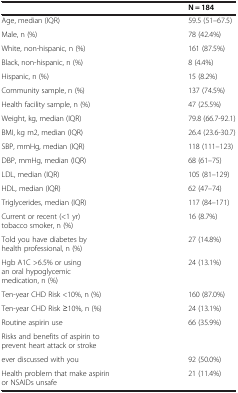
|  | N = 184 |
 | --- | --- |
 | Age, median (IQR) | 59.5 (51–67.5) |
 | Male, n (%) | 78 (42.4%) |
 | White, non-hispanic, n (%) | 161 (87.5%) |
 | Black, non-hispanic, n (%) | 8 (4.4%) |
 | Hispanic, n (%) | 15 (8.2%) |
 | Community sample, n (%) | 137 (74.5%) |
 | Health facility sample, n (%) | 47 (25.5%) |
 | Weight, kg, median (IQR) | 79.8 (66.7-92.1) |
 | BMI, kg m2, median (IQR) | 26.4 (23.6-30.7) |
 | SBP, mmHg, median (IQR) | 118 (111–123) |
 | DBP, mmHg, median (IQR) | 68 (61–75) |
 | LDL, median (IQR) | 105 (81–129) |
 | HDL, median (IQR) | 62 (47–74) |
 | Triglycerides, median (IQR) | 117 (84–171) |
 | Current or recent (<1 yr) tobacco smoker, n (%) | 16 (8.7%) |
 | Told you have diabetes by health professional, n (%) | 27 (14.8%) |
 | Hgb A1C >6.5% or using an oral hypoglycemic medication, n (%) | 24 (13.1%) |
 | Ten-year CHD Risk <10%, n (%) | 160 (87.0%) |
 | Ten-year CHD Risk ≥10%, n (%) | 24 (13.1%) |
 | Routine aspirin use | 66 (35.9%) |
 | Risks and benefits of aspirin to prevent heart attack or stroke |  |
 | ever discussed with you | 92 (50.0%) |
 | Health problem that make aspirin or NSAIDs unsafe | 21 (11.4%) |